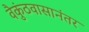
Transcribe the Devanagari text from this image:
वैकुंठवासानंतर